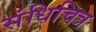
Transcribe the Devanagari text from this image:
संधिचित्र